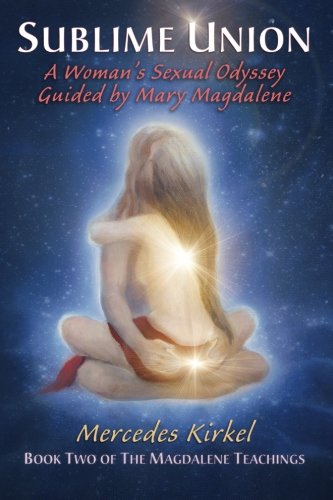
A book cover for Sublime Union: A Woman's Sexual Odyssey Guided by Mary Magdalene (The Magdalene Teachings); Mercedes Kirkel; Self-Help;